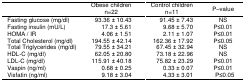
<table><thead><tr><td></td><td><b>Obese children n=22</b></td><td><b>Control children n=11</b></td><td><b>P–value</b></td></tr></thead><tbody><tr><td>Fasting glucose (mg/dl)</td><td>93.36 ± 10.43</td><td>91.45 ± 7.43</td><td>NS</td></tr><tr><td>Fasting insulin (mU/L)</td><td>17.3 ± 5.61</td><td>9.68 ± 5.70</td><td>P≤0.01</td></tr><tr><td>HOMA / IR</td><td>4.06 ± 1.51</td><td>2.11 ± 1.07</td><td>P≤0.01</td></tr><tr><td>Total Cholesterol (mg/dl)</td><td>194.55 ± 42.14</td><td>162.36 ± 17.92</td><td>P≤0.05</td></tr><tr><td>Total Triglycerides (mg/dl)</td><td>79.55 ± 34.21</td><td>67.45 ± 32.94</td><td>NS</td></tr><tr><td>HDL-C (mg/dl)</td><td>62.05 ± 20.80</td><td>73.18 ± 22.96</td><td>NS</td></tr><tr><td>LDL-C (mg/dl)</td><td>115.91 ± 40.18</td><td>75.82 ± 23.29</td><td>P≤0.01</td></tr><tr><td>Vaspin (ng/ml)</td><td>0.68 ± 0.25</td><td>0.33 ± 0.07</td><td>P≤0.01</td></tr><tr><td>Visfatin (ng/ml)</td><td>9.18 ± 3.04</td><td>4.33 ± 3.01</td><td>P≤0.05</td></tr></tbody></table>